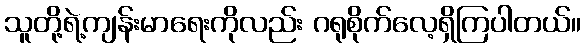
သူတို့ရဲ့ကျန်းမာရေးကိုလည်း ဂရုစိုက်လေ့ရှိကြပါတယ်။